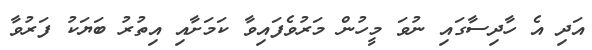
އަދި އެ ހާދިސާގައި ނުވަ މީހުން މަރުވެފައިވާ ކަމަށާއި އިތުރު ބަޔަކު ފަރުވާ